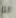
انا